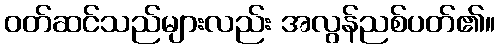
ဝတ်ဆင်သည်များလည်း အလွန်ညစ်ပတ်၏။